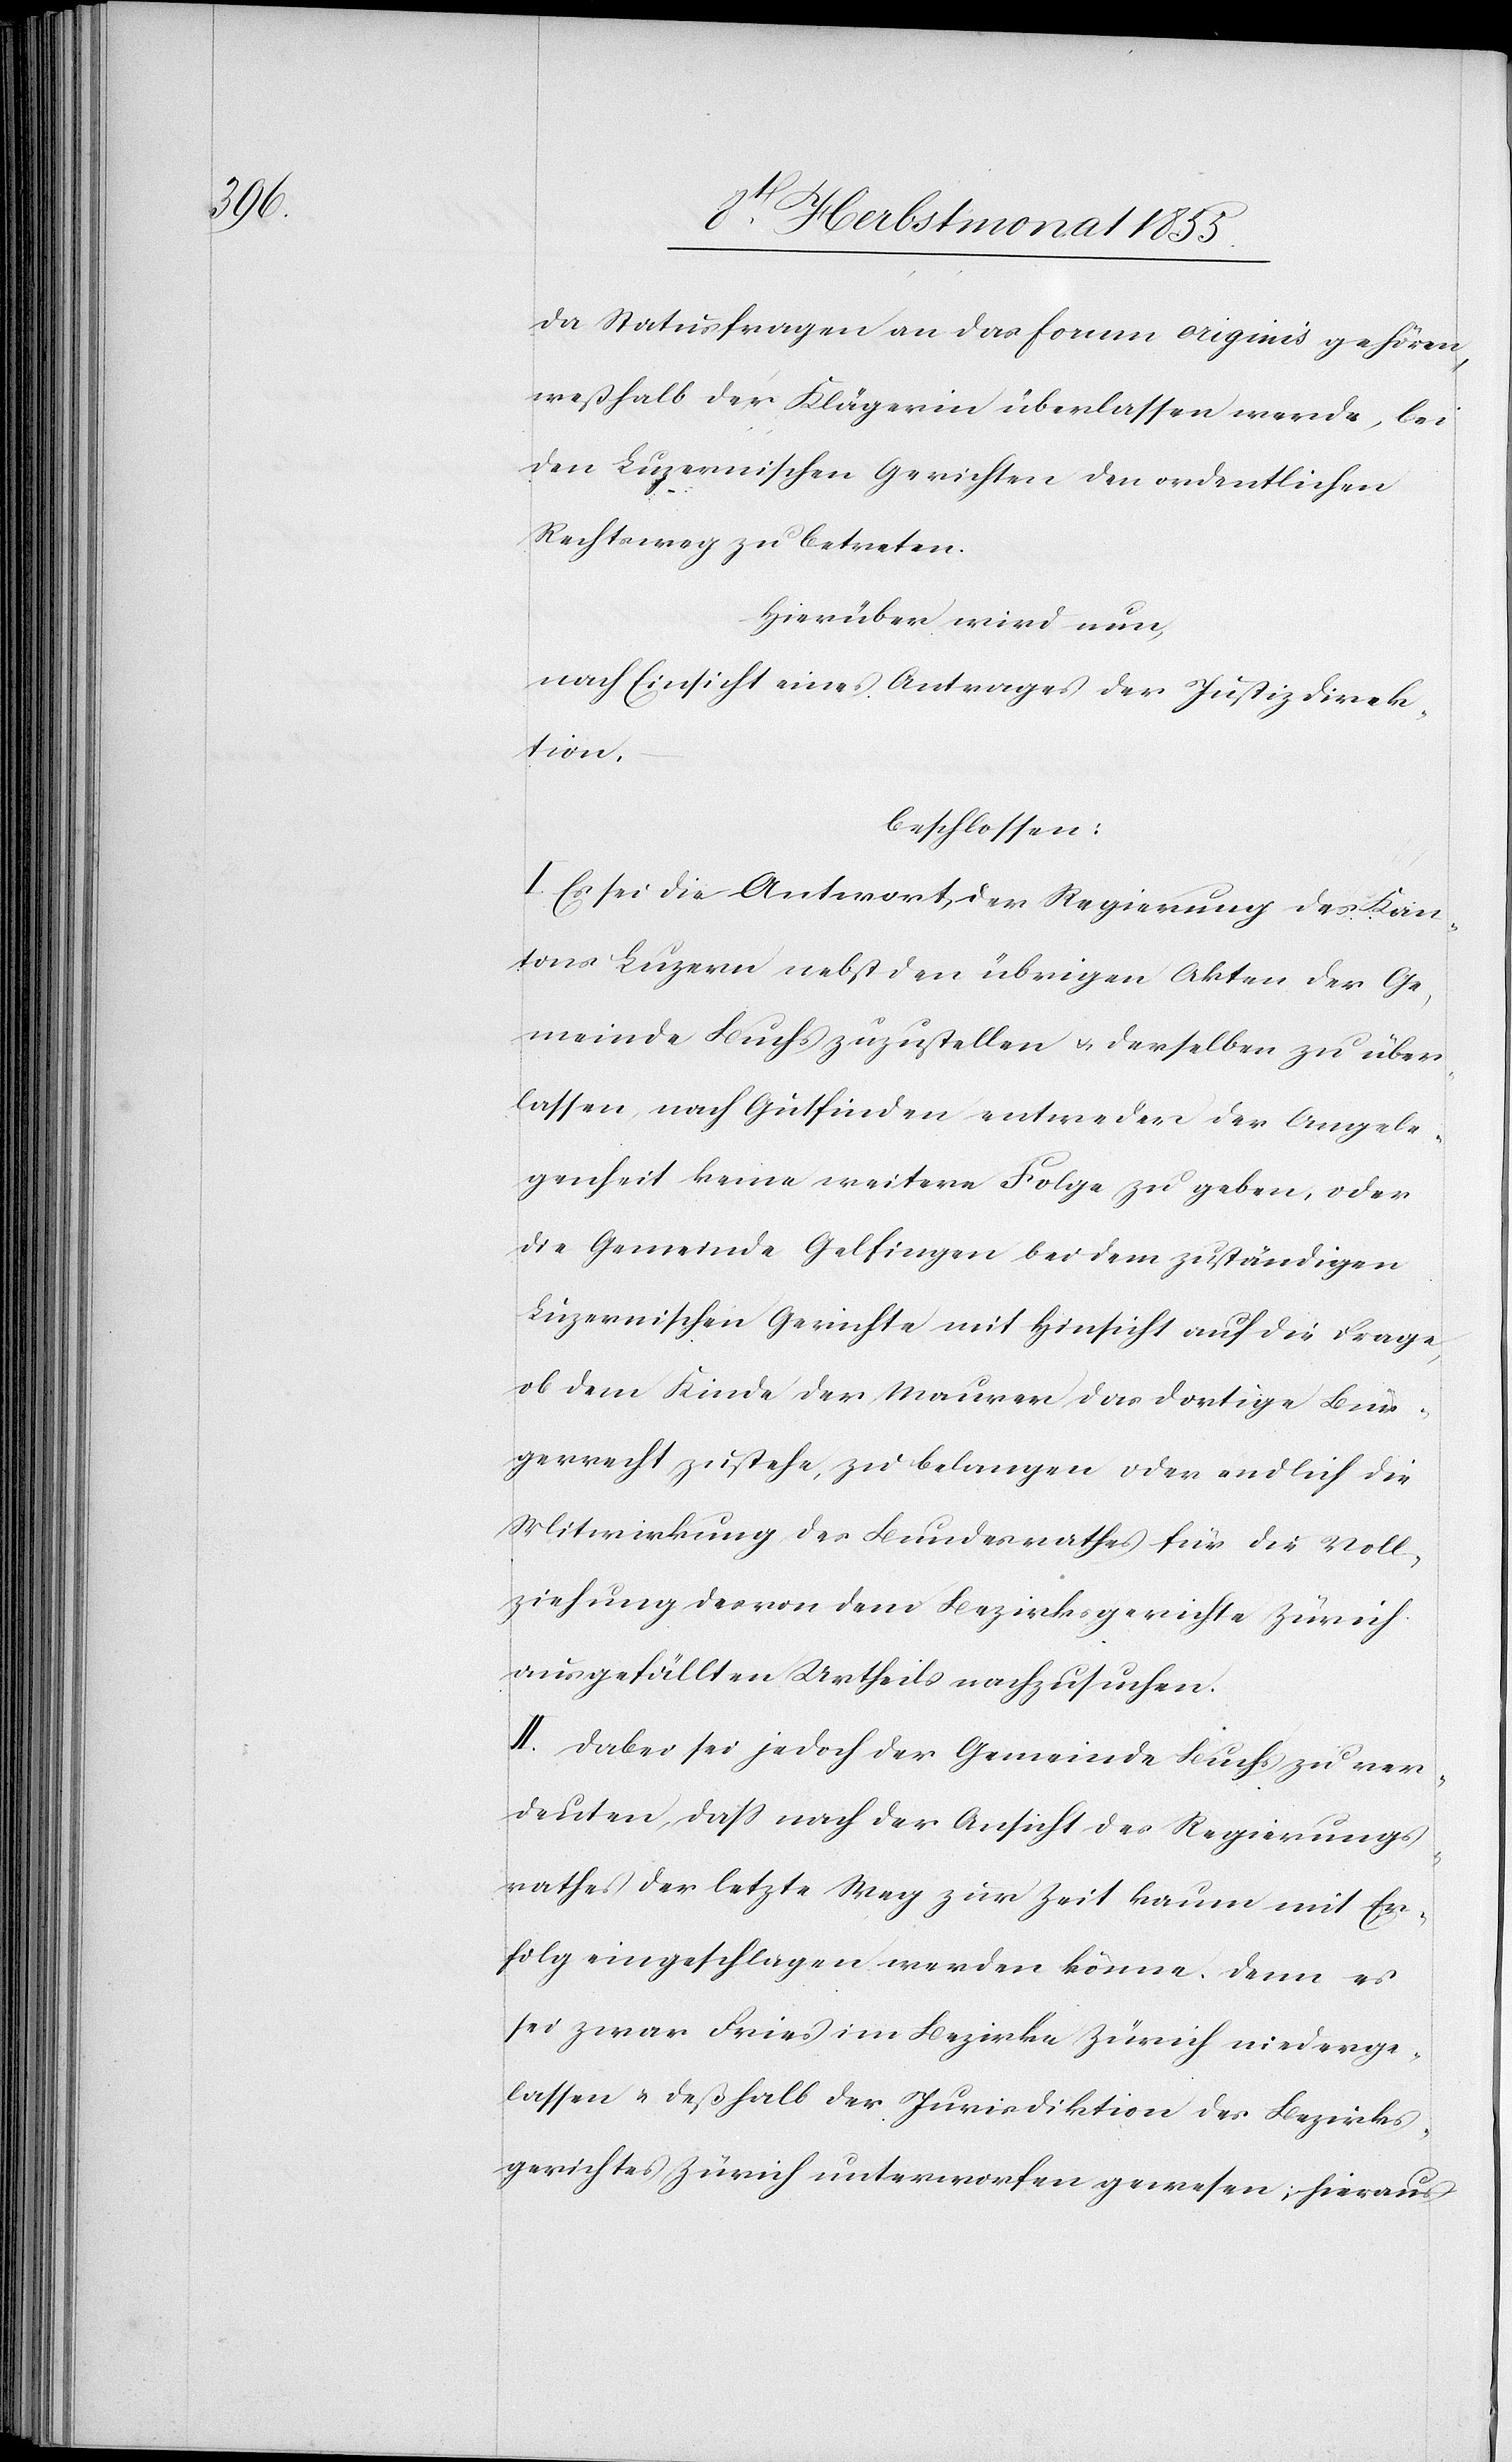
da Statusfragen an das forum originis gehören,
weßhalb der Klägerin überlassen werde, bei
den Luzernischen Gerichten den ordentlichen
Rechtsweg zu betreten.
Hierüber wird nun,
nach Einsicht eines Antrages der Justizdirek¬
tion,
beschlossen:
I. Es sei die Antwort der Regierung des Kan¬
tons Luzern nebst den übrigen Akten der Ge¬
meinde Buchs zuzustellen & derselben zu über¬
lassen, nach Gutfinden entweder der Angele¬
genheit keine weitere Folge zu geben, oder
die Gemeinde Gelfingen bei dem zuständigen
Luzernischen Gerichte mit Hinsicht auf die Frage,
ob dem Kinde der Maurer das dortige Bür¬
gerrecht zustehe, zu belangen oder endlich die
Mitwirkung des Bundesrathes für die Voll¬
ziehung des von dem Bezirksgerichte Zürich
ausgefällten Urtheils nachzusuchen.
II. Dabei sei jedoch der Gemeinde Buchs zu ver¬
deuten, dass nach der Ansicht des Regierungs¬
rathes der letzte Weg zur Zeit kaum mit Er¬
folg eingeschlagen werden könne. Denn es
sei zwar Fries im Bezirke Zürich niederge¬
lassen & deßhalb der Jurisdiktion des Bezirks¬
gerichtes Zürich unterworfen gewesen; hieraus